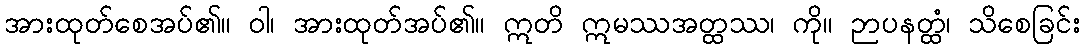
အားထုတ်စေအပ်၏။ ဝါ၊ အားထုတ်အပ်၏။ ဣတိ ဣမဿအတ္ထဿ၊ ကို။ ဉာပနတ္ထံ၊ သိစေခြင်း